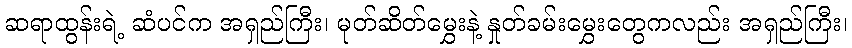
ဆရာထွန်းရဲ့ ဆံပင်က အရှည်ကြီး၊ မုတ်ဆိတ်မွှေးနဲ့ နှုတ်ခမ်းမွှေးတွေကလည်း အရှည်ကြီး၊